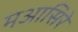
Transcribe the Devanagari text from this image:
मआसिरे